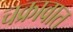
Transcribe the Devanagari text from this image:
चक्रावात